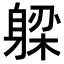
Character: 𬧪